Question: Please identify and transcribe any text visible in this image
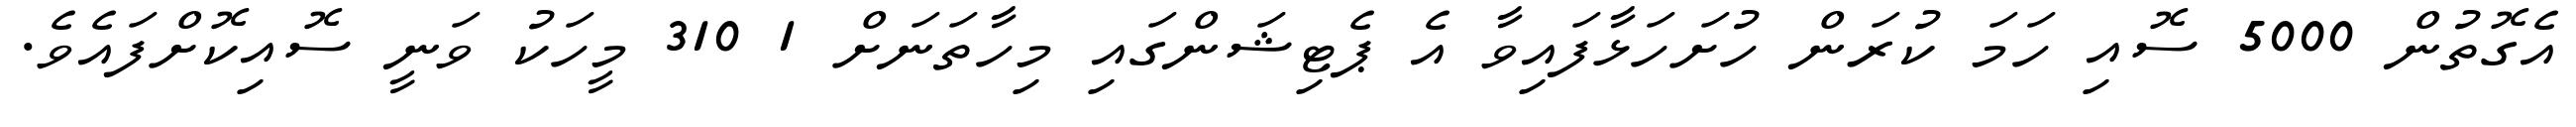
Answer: އެގޮތުން 5000 ސޮއި ހަމަ ކުރަން ހުށަހަޅާފައިވާ އެ ޕެޓިޝަންގައި މިހާތަނަށް 1 310 މީހަކު ވަނީ ސޮއިކޮށްފައެވެ.